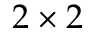
2 \times 2